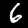
Label: 6